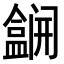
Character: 𫣽